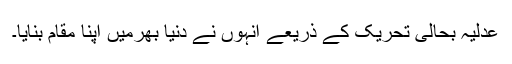
عدلیہ بحالی تحریک کے ذریعے انہوں نے دنیا بھرمیں اپنا مقام بنایا۔